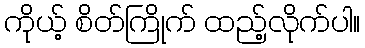
ကိုယ့် စိတ်ကြိုက် ထည့်လိုက်ပါ။